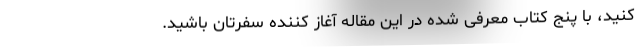
کنید، با پنج کتاب معرفی شده در این مقاله آغاز کننده سفرتان باشید.